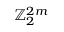
\mathbb { Z } _ { 2 } ^ { 2 m }